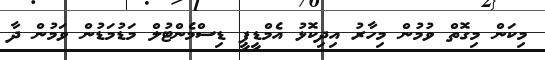
މިކަން މިގޮތް ވުމުން މިހާރު އިދިކޮޅު އެމްޑީޕީ ޑިސްމެންޓުލް މަޑުމަޑުން ވަމުން ދާ